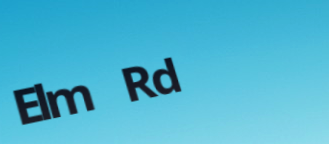
Elm Rd